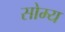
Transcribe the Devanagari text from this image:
सोम्य